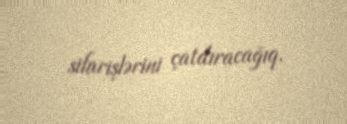
sifarişlərini çatdıracağıq.